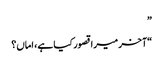
”
“آخر میرا قصور کیا ہے، اماں؟